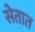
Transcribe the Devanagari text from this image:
सेतात